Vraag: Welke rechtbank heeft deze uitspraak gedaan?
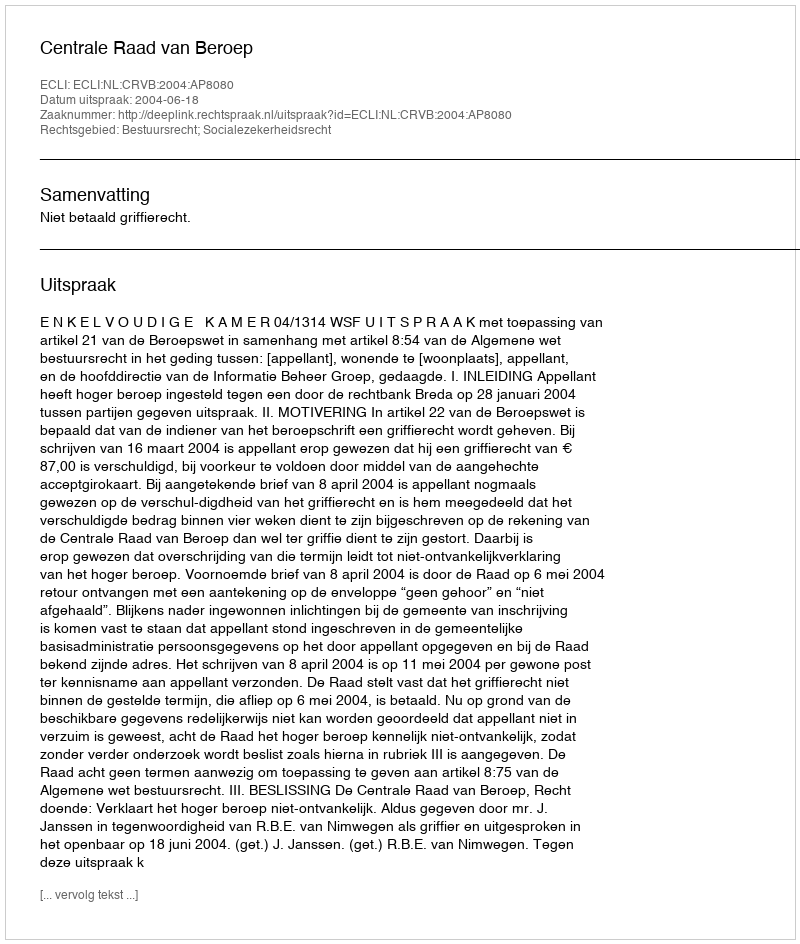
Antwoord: Centrale Raad van Beroep